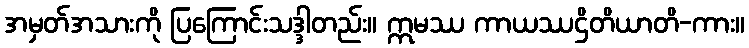
အမှတ်အသားကို ပြကြောင်းသဒ္ဒါတည်း။ ဣမဿ ကာယဿဌိတိယာတိ-ကား။